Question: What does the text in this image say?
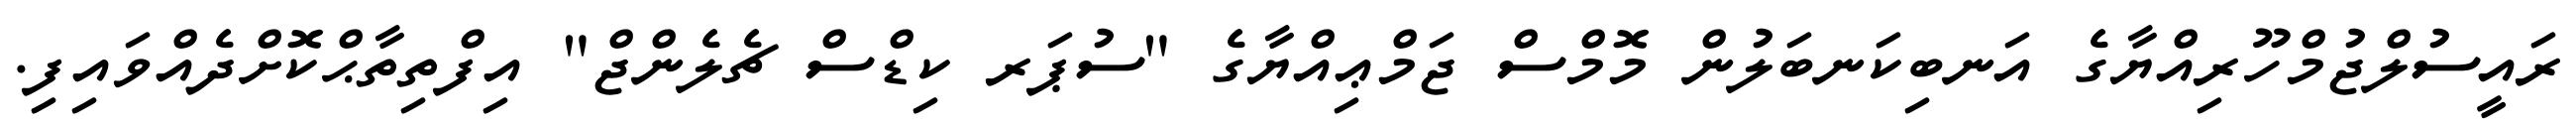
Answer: ރައީސުލްޖުމްހޫރިއްޔާގެ އަނބިކަނބަލުން މޮމްސް ޖަމްޢިއްޔާގެ "ސުޕަރ ކިޑްސް ޗެލެންޖް" އިފްތިތާޙްކޮށްދެއްވައިފި.